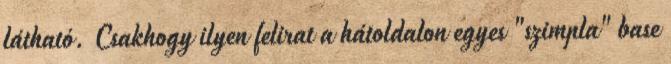
látható. Csakhogy ilyen felirat a hátoldalon egyes "szimpla" base